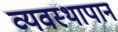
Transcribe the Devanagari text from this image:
व्यवस्थापान